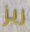
ريز